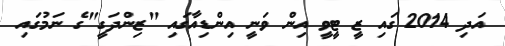
އަދި 2014 ގައި ޒީ ޓީވީ އިން ވަނީ އިންޑިއާގައި "ޒިންދަގީ"ގެ ނަމުގައި